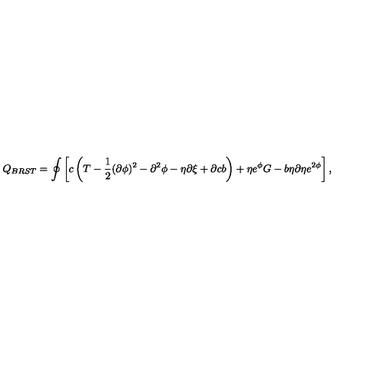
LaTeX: Q _ { B R S T } = \oint \left[ c \left( T - \frac { 1 } { 2 } ( \partial \phi ) ^ { 2 } - \partial ^ { 2 } \phi - \eta \partial \xi + \partial c b \right) + \eta e ^ { \phi } G - b \eta \partial \eta e ^ { 2 \phi } \right] ,